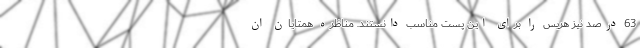
63 درصد نیز هریس را برای این پست مناسب دانستند. مناظره همتایان ان